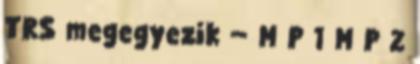
TRS megegyezik − M P 1 M P 2